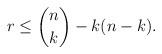
LaTeX: \begin{align*}r \leq \binom{n}{k} -k(n-k).\end{align*}